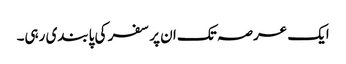
ایک عرصہ تک ان پر سفر کی پابندی رہی۔